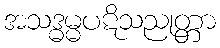
အသဒ္ဓမ္မပဋိသညုတ္တာ